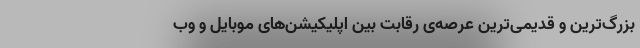
بزرگ‌ترین و قدیمی‌ترین عرصه‌ی رقابت بین اپلیکیشن‌های موبایل و وب‌